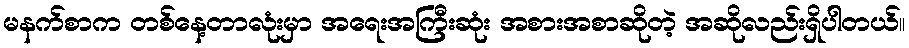
မနက်စာက တစ်နေ့တာလုံးမှာ အရေးအကြီးဆုံး အစားအစာဆိုတဲ့ အဆိုလည်းရှိပါတယ်။